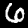
Label: 6